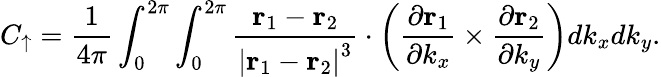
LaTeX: C_{\uparrow}=\frac{1}{4\pi}\int_{0}^{2\pi}\int_{0}^{2\pi}\frac{\mathbf{r}_{1}-\mathbf{r}_{2}}{\left\vert\mathbf{r}_{1}-\mathbf{r}_{2}\right\vert^{3}}\cdot\left(\frac{\partial\mathbf{r}_{1}}{\partial k_{x}}\times\frac{\partial\mathbf{r}_{2}}{\partial k_{y}}\right)dk_{x}dk_{y}.